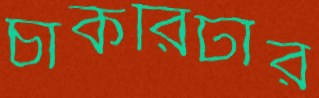
চাকরিটার